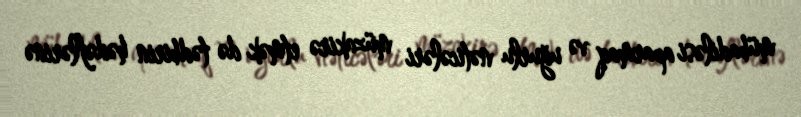
mübadiləsi aparmaq və uğurlu nəticələri müzakirə etmək də tədbirin hədəflərinə